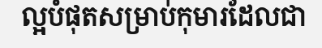
ល្អបំផុតសម្រាប់កុមារដែលជា